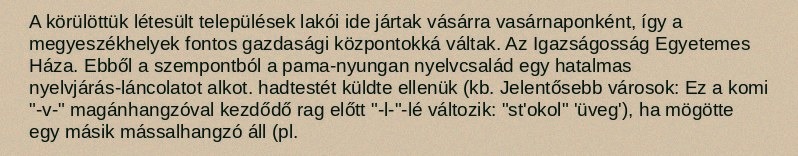
A körülöttük létesült települések lakói ide jártak vásárra vasárnaponként, így a megyeszékhelyek fontos gazdasági központokká váltak. Az Igazságosság Egyetemes Háza. Ebből a szempontból a pama-nyungan nyelvcsalád egy hatalmas nyelvjárás-láncolatot alkot. hadtestét küldte ellenük (kb. Jelentősebb városok: Ez a komi "-v-" magánhangzóval kezdődő rag előtt "-l-"-lé változik: "st'okol" 'üveg'), ha mögötte egy másik mássalhangzó áll (pl.